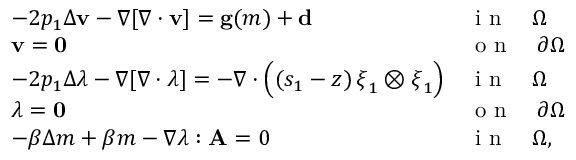
\begin{array} { l l } { - 2 p _ { 1 } \Delta \mathbf { v } - \nabla [ \nabla \cdot \mathbf { v } ] = \mathbf { g } ( m ) + \mathbf { d } } & { \textrm { i n } \quad \Omega } \\ { \mathbf { v } = \mathbf { 0 } } & { \textrm { o n } \quad \partial \Omega } \\ { - 2 p _ { 1 } \Delta \boldsymbol { \lambda } - \nabla [ \nabla \cdot \boldsymbol { \lambda } ] = - \nabla \cdot \Big ( ( s _ { 1 } - z ) \, \boldsymbol { \xi } _ { 1 } \otimes \boldsymbol { \xi } _ { 1 } \Big ) } & { \textrm { i n } \quad \Omega } \\ { \boldsymbol { \lambda } = \mathbf { 0 } } & { \textrm { o n } \quad \partial \Omega } \\ { - \beta \Delta m + \beta m - \nabla \boldsymbol { \lambda } : \mathbf { A } = 0 } & { \textrm { i n } \quad \Omega , } \end{array}